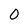
Character: 0